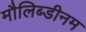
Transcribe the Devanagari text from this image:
मौलिब्डीनम